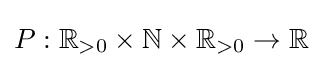
P:\mathbb {R} _{>0}\times \mathbb {N} \times \mathbb {R} _{>0}\rightarrow \mathbb {R}